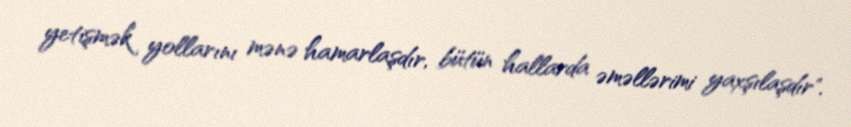
yetişmək yollarını mənə hamarlaşdır, bütün hallarda əməllərimi yaxşılaşdır".